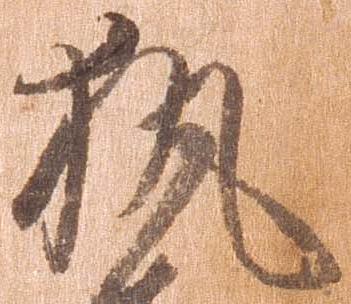
執